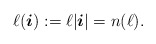
\begin{align*} \ell( \boldsymbol{i} ) := \ell | \boldsymbol{i} | = n (\ell) .\end{align*}